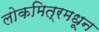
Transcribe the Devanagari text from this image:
लोकमित्रमधून